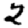
Digit: 2